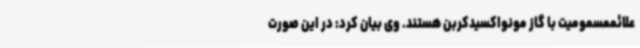
علائممسمومیت با گاز مونواکسیدکربن هستند. وی بیان کرد: در این صورت